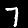
Digit: 7